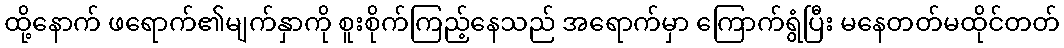
ထို့နောက် ဖရောက်၏မျက်နှာကို စူးစိုက်ကြည့်နေသည် အရောက်မှာ ကြောက်ရွံပြီး မနေတတ်မထိုင်တတ်